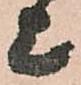
上